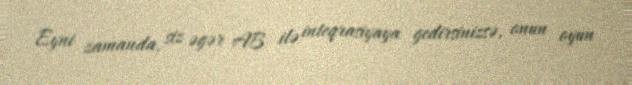
Eyni zamanda, siz əgər AB ilə inteqrasiyaya gedirsinizsə, onun oyun